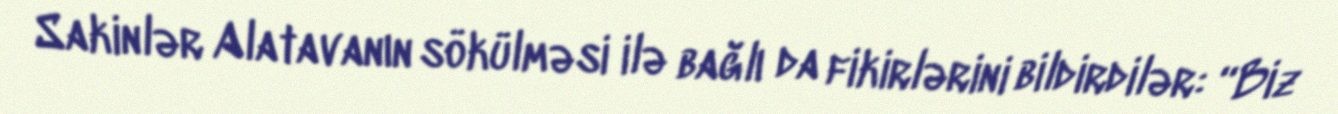
Sakinlər Alatavanın sökülməsi ilə bağlı da fikirlərini bildirdilər: “Biz